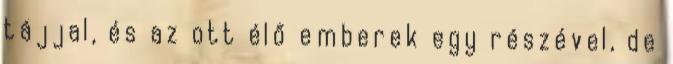
tájjal, és az ott élő emberek egy részével, de